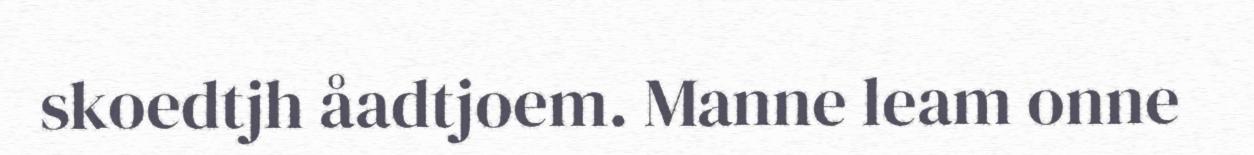
skoedtjh åadtjoem. Manne leam onne